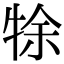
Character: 𤙛